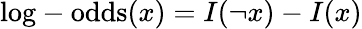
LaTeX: {\mathrm{log-odds}}(x)=I(\lnot x)-I(x)